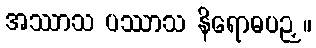
အဿာသ ပဿာသ နိရောဓပဉှ။